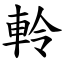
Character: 軨